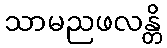
သာမညဖလန္တိ